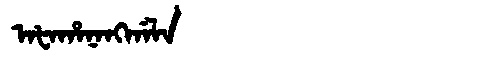
Manchu: ᠠᡶᠠᡥᠠᠨᠠᠩᡤᠠᠯᠠ
Romanization: AFAHANANGGALA